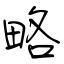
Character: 略